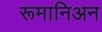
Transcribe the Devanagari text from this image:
रूमानिअन